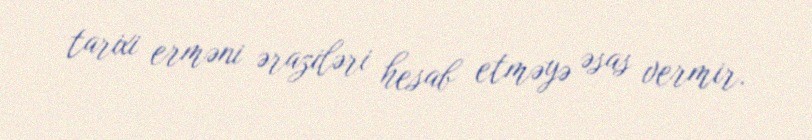
tarixi erməni əraziləri hesab etməyə əsas vermir.